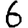
Digit: 6